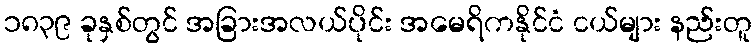
၁၈၃၉ ခုနှစ်တွင် အခြားအလယ်ပိုင်း အမေရိကနိုင်ငံ ငယ်များ နည်းတူ